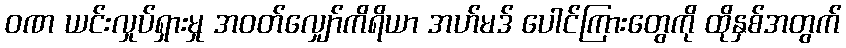
ဝဏ ယင်းလှုပ်ရှားမှု အဝတ်လျှော်ကိရိယာ အဟ်မဒ် ပေါင်ကြားတွေကို ထိုနှစ်အတွက်